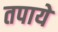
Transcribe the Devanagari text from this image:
तपाये